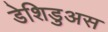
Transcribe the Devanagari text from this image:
डेशिडुअस